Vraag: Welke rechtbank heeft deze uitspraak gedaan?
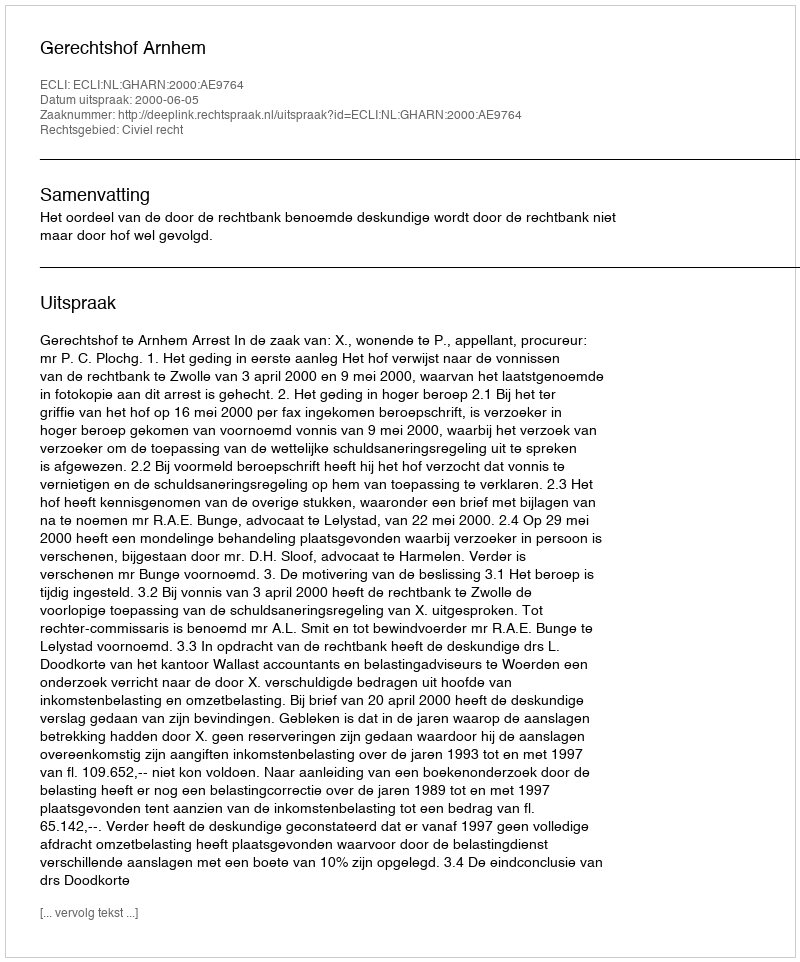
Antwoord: Gerechtshof Arnhem